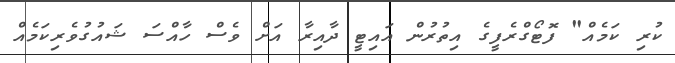
ކުރި ކަމެއް" ފޮޓޯގްރެފީގެ އިތުރުން އައިޓީ ދާއިރާ އަށް ވެސް ހާއްސަ ޝައުގުވެރިކަމެއް